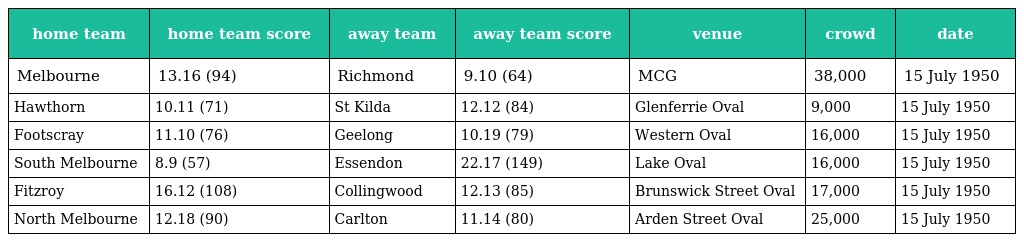
| home team | home team score | away team | away team score | venue | crowd | date |
 | --- | --- | --- | --- | --- | --- | --- |
 | Melbourne | 13.16 (94) | Richmond | 9.10 (64) | MCG | 38,000 | 15 July 1950 |
 | Hawthorn | 10.11 (71) | St Kilda | 12.12 (84) | Glenferrie Oval | 9,000 | 15 July 1950 |
 | Footscray | 11.10 (76) | Geelong | 10.19 (79) | Western Oval | 16,000 | 15 July 1950 |
 | South Melbourne | 8.9 (57) | Essendon | 22.17 (149) | Lake Oval | 16,000 | 15 July 1950 |
 | Fitzroy | 16.12 (108) | Collingwood | 12.13 (85) | Brunswick Street Oval | 17,000 | 15 July 1950 |
 | North Melbourne | 12.18 (90) | Carlton | 11.14 (80) | Arden Street Oval | 25,000 | 15 July 1950 |